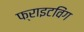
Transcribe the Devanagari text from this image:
फ्राइटविंग